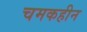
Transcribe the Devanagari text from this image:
चमकहीन